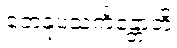
တေနုပသင်္ကန္တောတိ